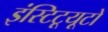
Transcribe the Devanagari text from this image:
इंस्टिटूयूटो